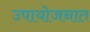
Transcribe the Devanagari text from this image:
उपायोजनात